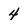
Character: 4